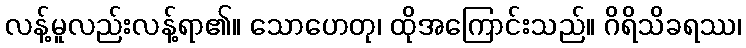
လန့်မူလည်းလန့်ရာ၏။ သောဟေတု၊ ထိုအကြောင်းသည်။ ဂိရိသိခရဿ၊